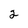
Character: 2